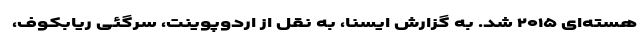
هسته‌ای ۲۰۱۵ شد. به گزارش ایسنا، به نقل از اردوپوینت، سرگئی ریابکوف،